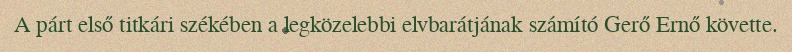
A párt első titkári székében a legközelebbi elvbarátjának számító Gerő Ernő követte.